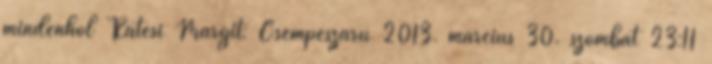
mindenhol Rátesi Margit: Csempészáru 2013. március 30. szombat 23:11